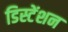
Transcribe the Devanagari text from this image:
डिस्टेंशन